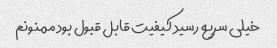
خیلی سریع رسید کیفیت قابل قبول بود ممنونم